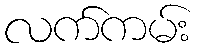
လက်ကမ်း